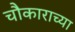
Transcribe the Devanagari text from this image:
चौकाराच्या